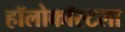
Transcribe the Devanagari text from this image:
हॉलोकॉस्टला